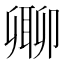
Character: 𠨥